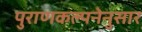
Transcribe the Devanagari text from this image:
पुराणकल्पनेनुसार